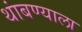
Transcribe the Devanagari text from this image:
थांबण्याला